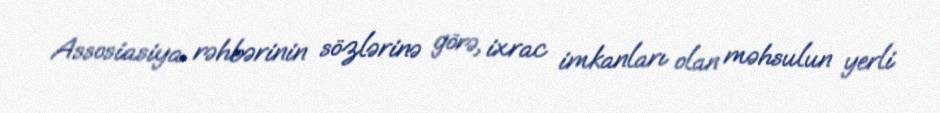
Assosiasiya rəhbərinin sözlərinə görə, ixrac imkanları olan məhsulun yerli